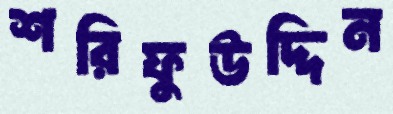
শরিফুউদ্দিন